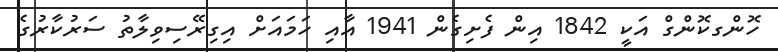
ހޮންގކޮންގް އަކީ 1842 އިން ފެށިގެން 1941 އާއި ހަމައަށް އިގިރޭސިވިލާތު ސަރުކާރުގެ